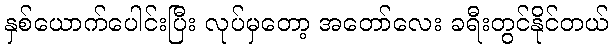
နှစ်ယောက်ပေါင်းပြီး လုပ်မှတော့ အတော်လေး ခရီးတွင်နိုင်တယ်